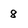
Character: 8